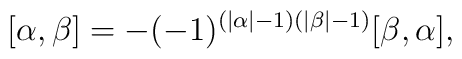
[\alpha,\beta] = -(-1)^{(|\alpha|-1)(|\beta|-1)}[\beta,\alpha],